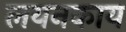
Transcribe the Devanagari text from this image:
लयनकाय